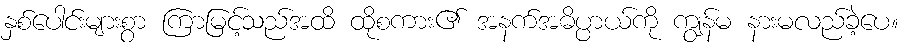
နှစ်ပေါင်းများစွာ ကြာမြင့်သည်အထိ ထိုစကား၏ အနက်အဓိပ္ပာယ်ကို ကျွန်မ နားမလည်ခဲ့ပေ။